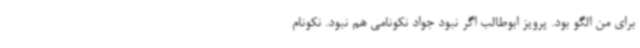
برای من الگو بود. پرویز ابوطالب اگر نبود جواد نکونامی هم نبود. نکونام